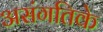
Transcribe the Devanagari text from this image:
असंगतिके